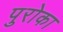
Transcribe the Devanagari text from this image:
पुरोका